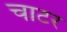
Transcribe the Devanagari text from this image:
चाटर